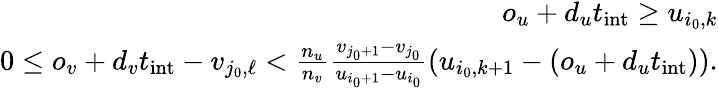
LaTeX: \begin{array}{r}{o_{u}+d_{u}t_{\mathrm{int}}\ge u_{i_{0},k}}\\ {0\leq o_{v}+d_{v}t_{\mathrm{int}}-v_{j_{0},\ell}<\frac{n_{u}}{n_{v}}\frac{v_{j_{0}+1}-v_{j_{0}}}{u_{i_{0}+1}-u_{i_{0}}}(u_{i_{0},k+1}-(o_{u}+d_{u}t_{\mathrm{int}})).}\end{array}